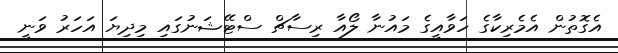
އެގޮތުން އެމެރިކާގެ ހަވާއީގެ މައުނާ ލޯއާ ރިސާޗް ސްޓޭޝަނުގައި މިދިޔަ އަހަރު ވަނީ